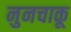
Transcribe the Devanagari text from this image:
नुनचाकू